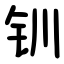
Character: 钏